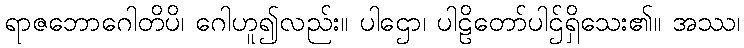
ရာဇဘောဂေါတိပိ၊ ဂေါဟူ၍လည်း။ ပါဌော၊ ပါဠိတော်ပါဌ်ရှိသေး၏။ အဿ၊